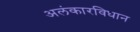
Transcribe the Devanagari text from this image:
अलंकारविधान